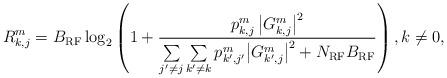
LaTeX: \begin{align*}R_{k,j}^m=B_{\rm RF} \log_2 \left( 1 + \frac{p_{k,j}^m \left|G_{k,j}^m\right|^2}{{\sum\limits_{j'\ne j} \sum\limits_{k'\ne {{k}}} {p_{k',j'}^{{m}} { {{ \left|G_{k',j}^m\right|^2 }} } } } + N_{\rm RF}B_{\rm RF} }\right), k\ne 0,\end{align*}